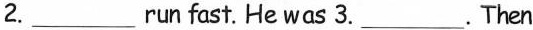
2.___run fast.He was 3.___. Then